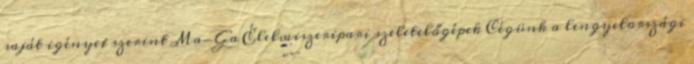
saját igényei szerint Ma-Ga Élelmiszeripari szeletelőgépek Cégünk a lengyelországi